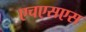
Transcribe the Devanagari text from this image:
एचएसएस